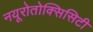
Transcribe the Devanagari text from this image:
नयूरोतोक्सिसिटी